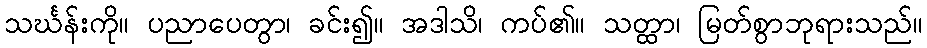
သင်္ဃန်းကို။ ပညာပေတွာ၊ ခင်း၍။ အဒါသိ၊ ကပ်၏။ သတ္ထာ၊ မြတ်စွာဘုရားသည်။